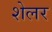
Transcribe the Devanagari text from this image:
शेलर